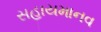
સહાયમાનવ